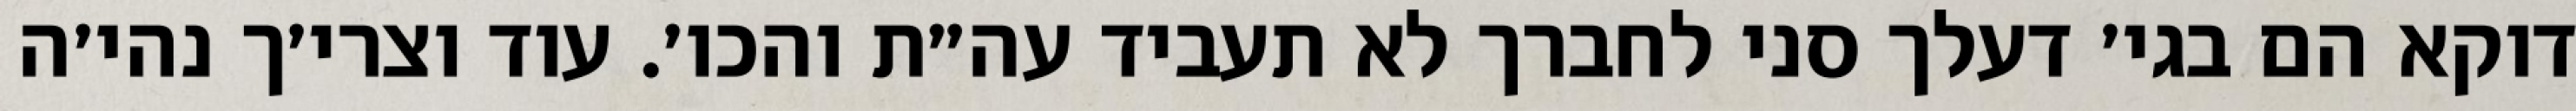
דוקא הם בגי׳ דעלך סני לחברך לא תעביד עה״ת והכו׳. עוד וצרי׳ך נהי׳ה